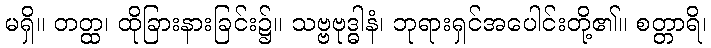
မရှိ။ တတ္ထ၊ ထိုခြားနားခြင်း၌။ သဗ္ဗဗုဒ္ဓါနံ၊ ဘုရားရှင်အပေါင်းတို့၏။ စတ္တာရိ၊